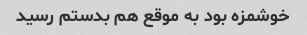
خوشمزه بود به موقع هم بدستم رسید